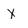
Character: X